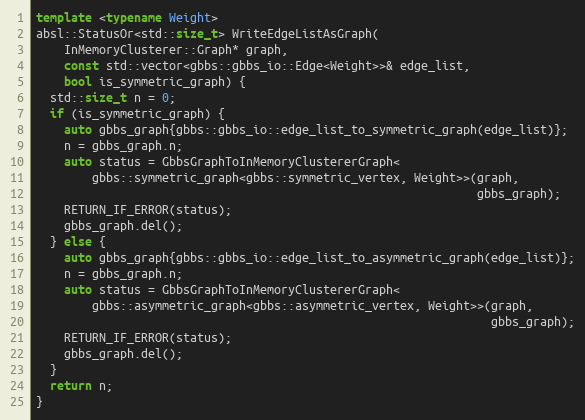
Language: C++
template <typename Weight>
absl::StatusOr<std::size_t> WriteEdgeListAsGraph(
    InMemoryClusterer::Graph* graph,
    const std::vector<gbbs::gbbs_io::Edge<Weight>>& edge_list,
    bool is_symmetric_graph) {
  std::size_t n = 0;
  if (is_symmetric_graph) {
    auto gbbs_graph{gbbs::gbbs_io::edge_list_to_symmetric_graph(edge_list)};
    n = gbbs_graph.n;
    auto status = GbbsGraphToInMemoryClustererGraph<
        gbbs::symmetric_graph<gbbs::symmetric_vertex, Weight>>(graph,
                                                               gbbs_graph);
    RETURN_IF_ERROR(status);
    gbbs_graph.del();
  } else {
    auto gbbs_graph{gbbs::gbbs_io::edge_list_to_asymmetric_graph(edge_list)};
    n = gbbs_graph.n;
    auto status = GbbsGraphToInMemoryClustererGraph<
        gbbs::asymmetric_graph<gbbs::asymmetric_vertex, Weight>>(graph,
                                                                 gbbs_graph);
    RETURN_IF_ERROR(status);
    gbbs_graph.del();
  }
  return n;
}